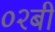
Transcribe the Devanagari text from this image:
०२बी